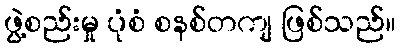
ဖွဲ့စည်းမှု ပုံစံ စနစ်တကျ ဖြစ်သည်။